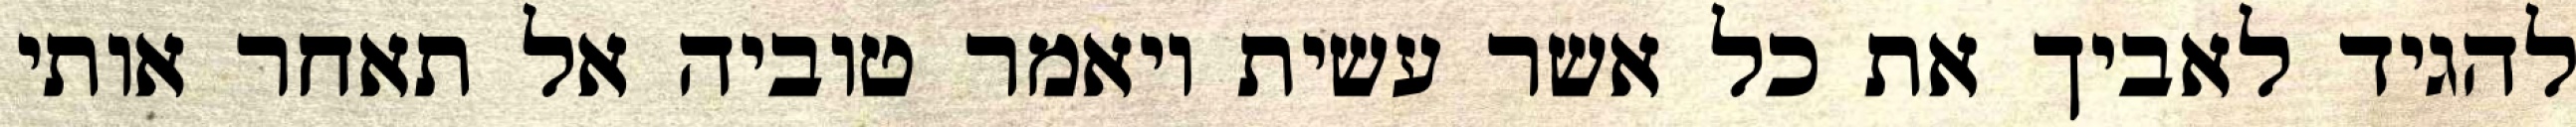
להגיד לאביך את כל אשר עשית ויאמר טוביה אל תאחר אותי